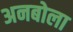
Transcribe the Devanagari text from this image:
अनबोला